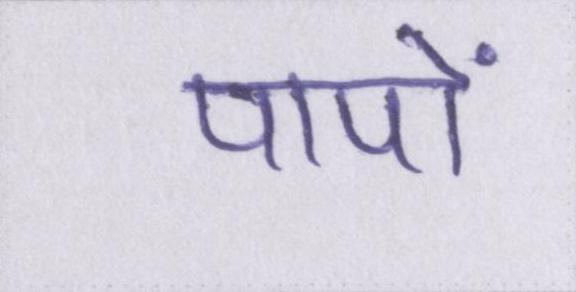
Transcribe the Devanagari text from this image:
पापों